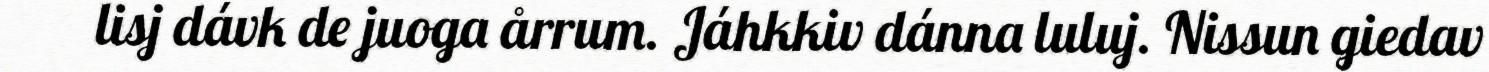
lisj dávk de juoga årrum. Jáhkkiv dánna luluj. Nissun giedav